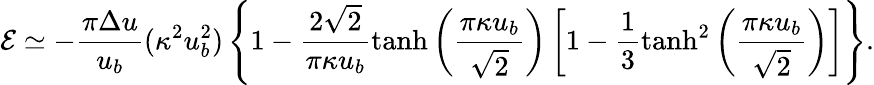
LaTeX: {\cal E}\simeq-\frac{\pi\Delta u}{u_{b}}(\kappa^{2}u_{b}^{2})\left\{ 1-\frac{2\sqrt{2}}{\pi\kappa u_{b}}\operatorname{tanh}\left(\frac{\pi\kappa u_{b}}{\sqrt{2}}\right)\left[1-\frac{1}{3}\operatorname{tanh}^{2}\left(\frac{\pi\kappa u_{b}}{\sqrt{2}}\right)\right]\right\} .